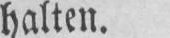
halten.